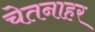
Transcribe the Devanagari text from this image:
चेतनाहर